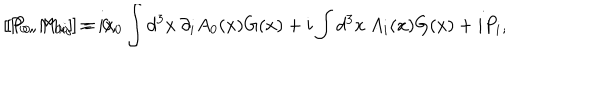
[ P _ { 0 } , M _ { 0 i } ] = i x _ { 0 } \int d ^ { 3 } x \: \partial _ { i } A _ { 0 } ( x ) G ( x ) + i \int d ^ { 3 } x \: A _ { i } ( x ) G ( x ) + i P _ { i } , \hspace { 0 . 2 5 i n } [ P _ { 0 } , M _ { k j } ] = 0 ,